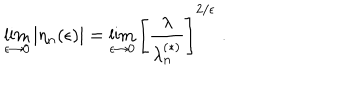
LaTeX: \lim _ { \epsilon \rightarrow 0 } \left| \eta _ { n } ( \epsilon ) \right| = \lim _ { \epsilon \rightarrow 0 } \left[ \frac { \lambda } { \lambda _ { n } ^ { ( \ast ) } } \right] ^ { 2 / \epsilon } \; .